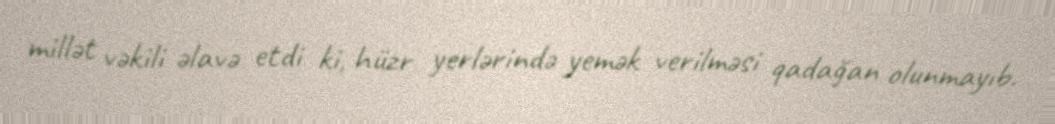
millət vəkili əlavə etdi ki, hüzr yerlərində yemək verilməsi qadağan olunmayıb.